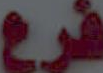
فرع